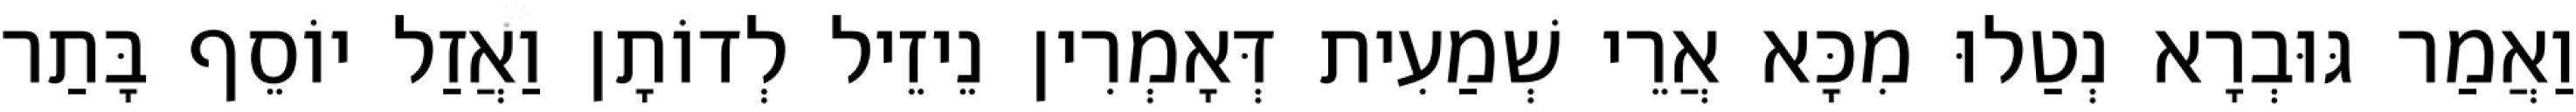
וַאֲמַר גּוּבְרָא נְטַלוּ מִכָּא אֲרֵי שְׁמַעִית דְּאָמְרִין נֵיזֵיל לְדוֹתָן וַאֲזַל יוֹסֵף בָּתַר